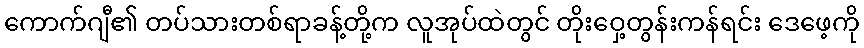
ကောက်ဂျီ၏ တပ်သားတစ်ရာခန့်တို့က လူအုပ်ထဲတွင် တိုးဝှေ့တွန်းကန်ရင်း ဒေဖေ့ကို